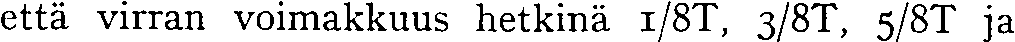
että virran voimakkuus hetkinä 1/8T, 3/8I, 5/8T ja